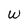
Character: W